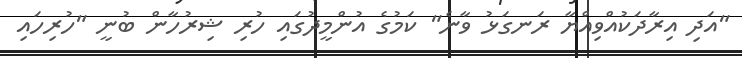
"އަދި އިރާދަކުއްވިއްޔާ ރަނގަޅު ވާނެ" ކަމުގެ އުންމީދުގައި ހުރި ޝިރުހާން ބުނީ "ހުރިހައި